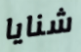
شنايا